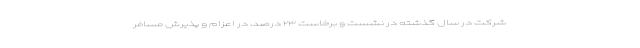
شرکت در سال گذشته در نشست و برخاست ۲۳ درصد، در اعزام و پذیرش مسافر